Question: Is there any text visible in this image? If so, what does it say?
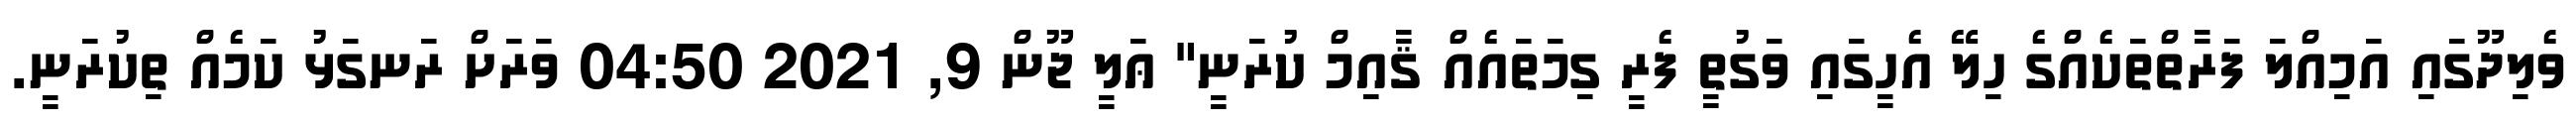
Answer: ވެލިދޫގައި އަމިއްލަ ފަރާތްތަކެއްގެ ހިލޭ އެހީގައި ވަގުތީ ފެރީ ގިމަތައެއް ޤާއިމް ކުރަނީ" ޢަލީ ޖޫން 9, 2021 04:50 ވަރަށް ރަނގަޅު ކަމެއް ތިކުރަނީ.